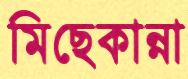
মিছেকান্না